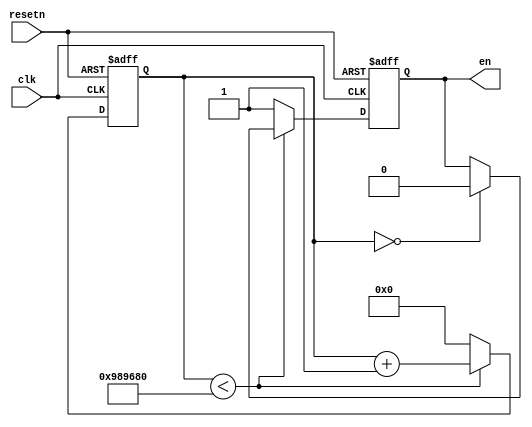
/* 
 * ECE 3710
 * Fall 2019
 * Lab 01
 * Group 10_34: Kyle Lemmon and Colton Watson
 * September 5, 2019
 *
 * A simple clock divider. This is intended to make a 5 Hz clock from a 50 MHz clock.
 * It's been modified to act more as an enable, as specified in Lab 1's documentation.
 *
 */
module clken(clk, resetn, en);
	input clk, resetn;
	output reg en;
	reg[31:0] count = 32'b0;
	
	always@(posedge clk, negedge resetn) begin
		if(resetn == 1'b0) begin
			en <= 1'b0;
			count  <= 32'b0;
		end
		else begin
			if(count < 10000000) begin
				if(count == 0)
					en <= 1'b0;
				count <= count + 1;
			end else begin
				count <= 0;
				en <= 1'b1;
			end
		
		end
	end

	
	
endmodule